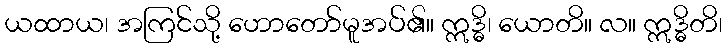
ယထာယ၊ အကြင်သို့ ဟောတော်မူအပ်၏။ ဣဒ္ဓိ၊ ယောတိ။ လ။ ဣဒ္ဓိတိ၊